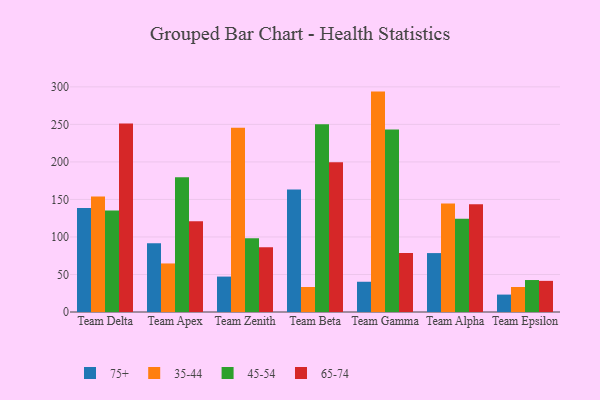
{"axis": {"x": "Team", "y": "Humidity (%)"}, "legend": ["35-44", "45-54", "65-74", "75+"], "data": [{"x": "Team Delta", "y": 138.7, "type": "75+"}, {"x": "Team Delta", "y": 153.8, "type": "35-44"}, {"x": "Team Delta", "y": 135.1, "type": "45-54"}, {"x": "Team Delta", "y": 251.1, "type": "65-74"}, {"x": "Team Apex", "y": 91.7, "type": "75+"}, {"x": "Team Apex", "y": 64.7, "type": "35-44"}, {"x": "Team Apex", "y": 179.7, "type": "45-54"}, {"x": "Team Apex", "y": 120.8, "type": "65-74"}, {"x": "Team Zenith", "y": 47.2, "type": "75+"}, {"x": "Team Zenith", "y": 245.6, "type": "35-44"}, {"x": "Team Zenith", "y": 98.3, "type": "45-54"}, {"x": "Team Zenith", "y": 86.4, "type": "65-74"}, {"x": "Team Beta", "y": 163.4, "type": "75+"}, {"x": "Team Beta", "y": 33.3, "type": "35-44"}, {"x": "Team Beta", "y": 250.2, "type": "45-54"}, {"x": "Team Beta", "y": 199.6, "type": "65-74"}, {"x": "Team Gamma", "y": 40.3, "type": "75+"}, {"x": "Team Gamma", "y": 293.7, "type": "35-44"}, {"x": "Team Gamma", "y": 243.3, "type": "45-54"}, {"x": "Team Gamma", "y": 78.6, "type": "65-74"}, {"x": "Team Alpha", "y": 78.5, "type": "75+"}, {"x": "Team Alpha", "y": 144.7, "type": "35-44"}, {"x": "Team Alpha", "y": 124.2, "type": "45-54"}, {"x": "Team Alpha", "y": 143.6, "type": "65-74"}, {"x": "Team Epsilon", "y": 23.2, "type": "75+"}, {"x": "Team Epsilon", "y": 33.3, "type": "35-44"}, {"x": "Team Epsilon", "y": 42.6, "type": "45-54"}, {"x": "Team Epsilon", "y": 41.5, "type": "65-74"}]}